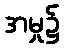
အမှု၌